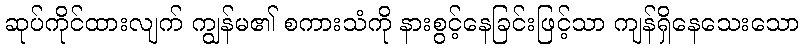
ဆုပ်ကိုင်ထားလျက် ကျွန်မ၏ စကားသံကို နားစွင့်နေခြင်းဖြင့်သာ ကျန်ရှိနေသေးသော